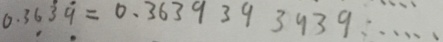
0 . 3 6 \dot { 3 } \dot { 9 } = 0 . 3 6 3 9 3 9 3 9 3 9 \cdots